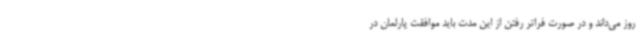
روز می‌داند و در صورت فراتر رفتن از این مدت باید موافقت پارلمان در